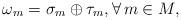
LaTeX: \begin{align*}\omega_{m}=\sigma_{m}\oplus\tau_{m},\forall\,m\in M,\end{align*}